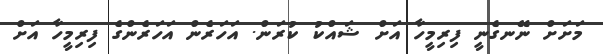
މަށަށް ނޭނގެނީ ފިރިމީހާ އަށް ޝައްކު ކުރަން. އަހަރެން އަހަރެންގެ ފިރިމީހާ އަށް